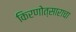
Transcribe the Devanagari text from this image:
किरणोत्साराचा